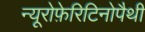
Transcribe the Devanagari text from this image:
न्यूरोफ़ेरिटिनोपैथी